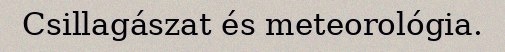
Csillagászat és meteorológia.